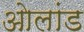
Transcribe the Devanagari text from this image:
ओलांड